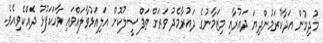
މުދިމުން އަދާކުރަމުންދިޔަ ދައުރާއި މިޒަމާނުގެ ދައުރާމެދު ވަރަށް ތަފްޞީލުކޮށް އަލިއަޅުވާލައްވައި ވާހަކަފުޅު ދެއްކެވިއެވެ.